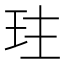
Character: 𤤛